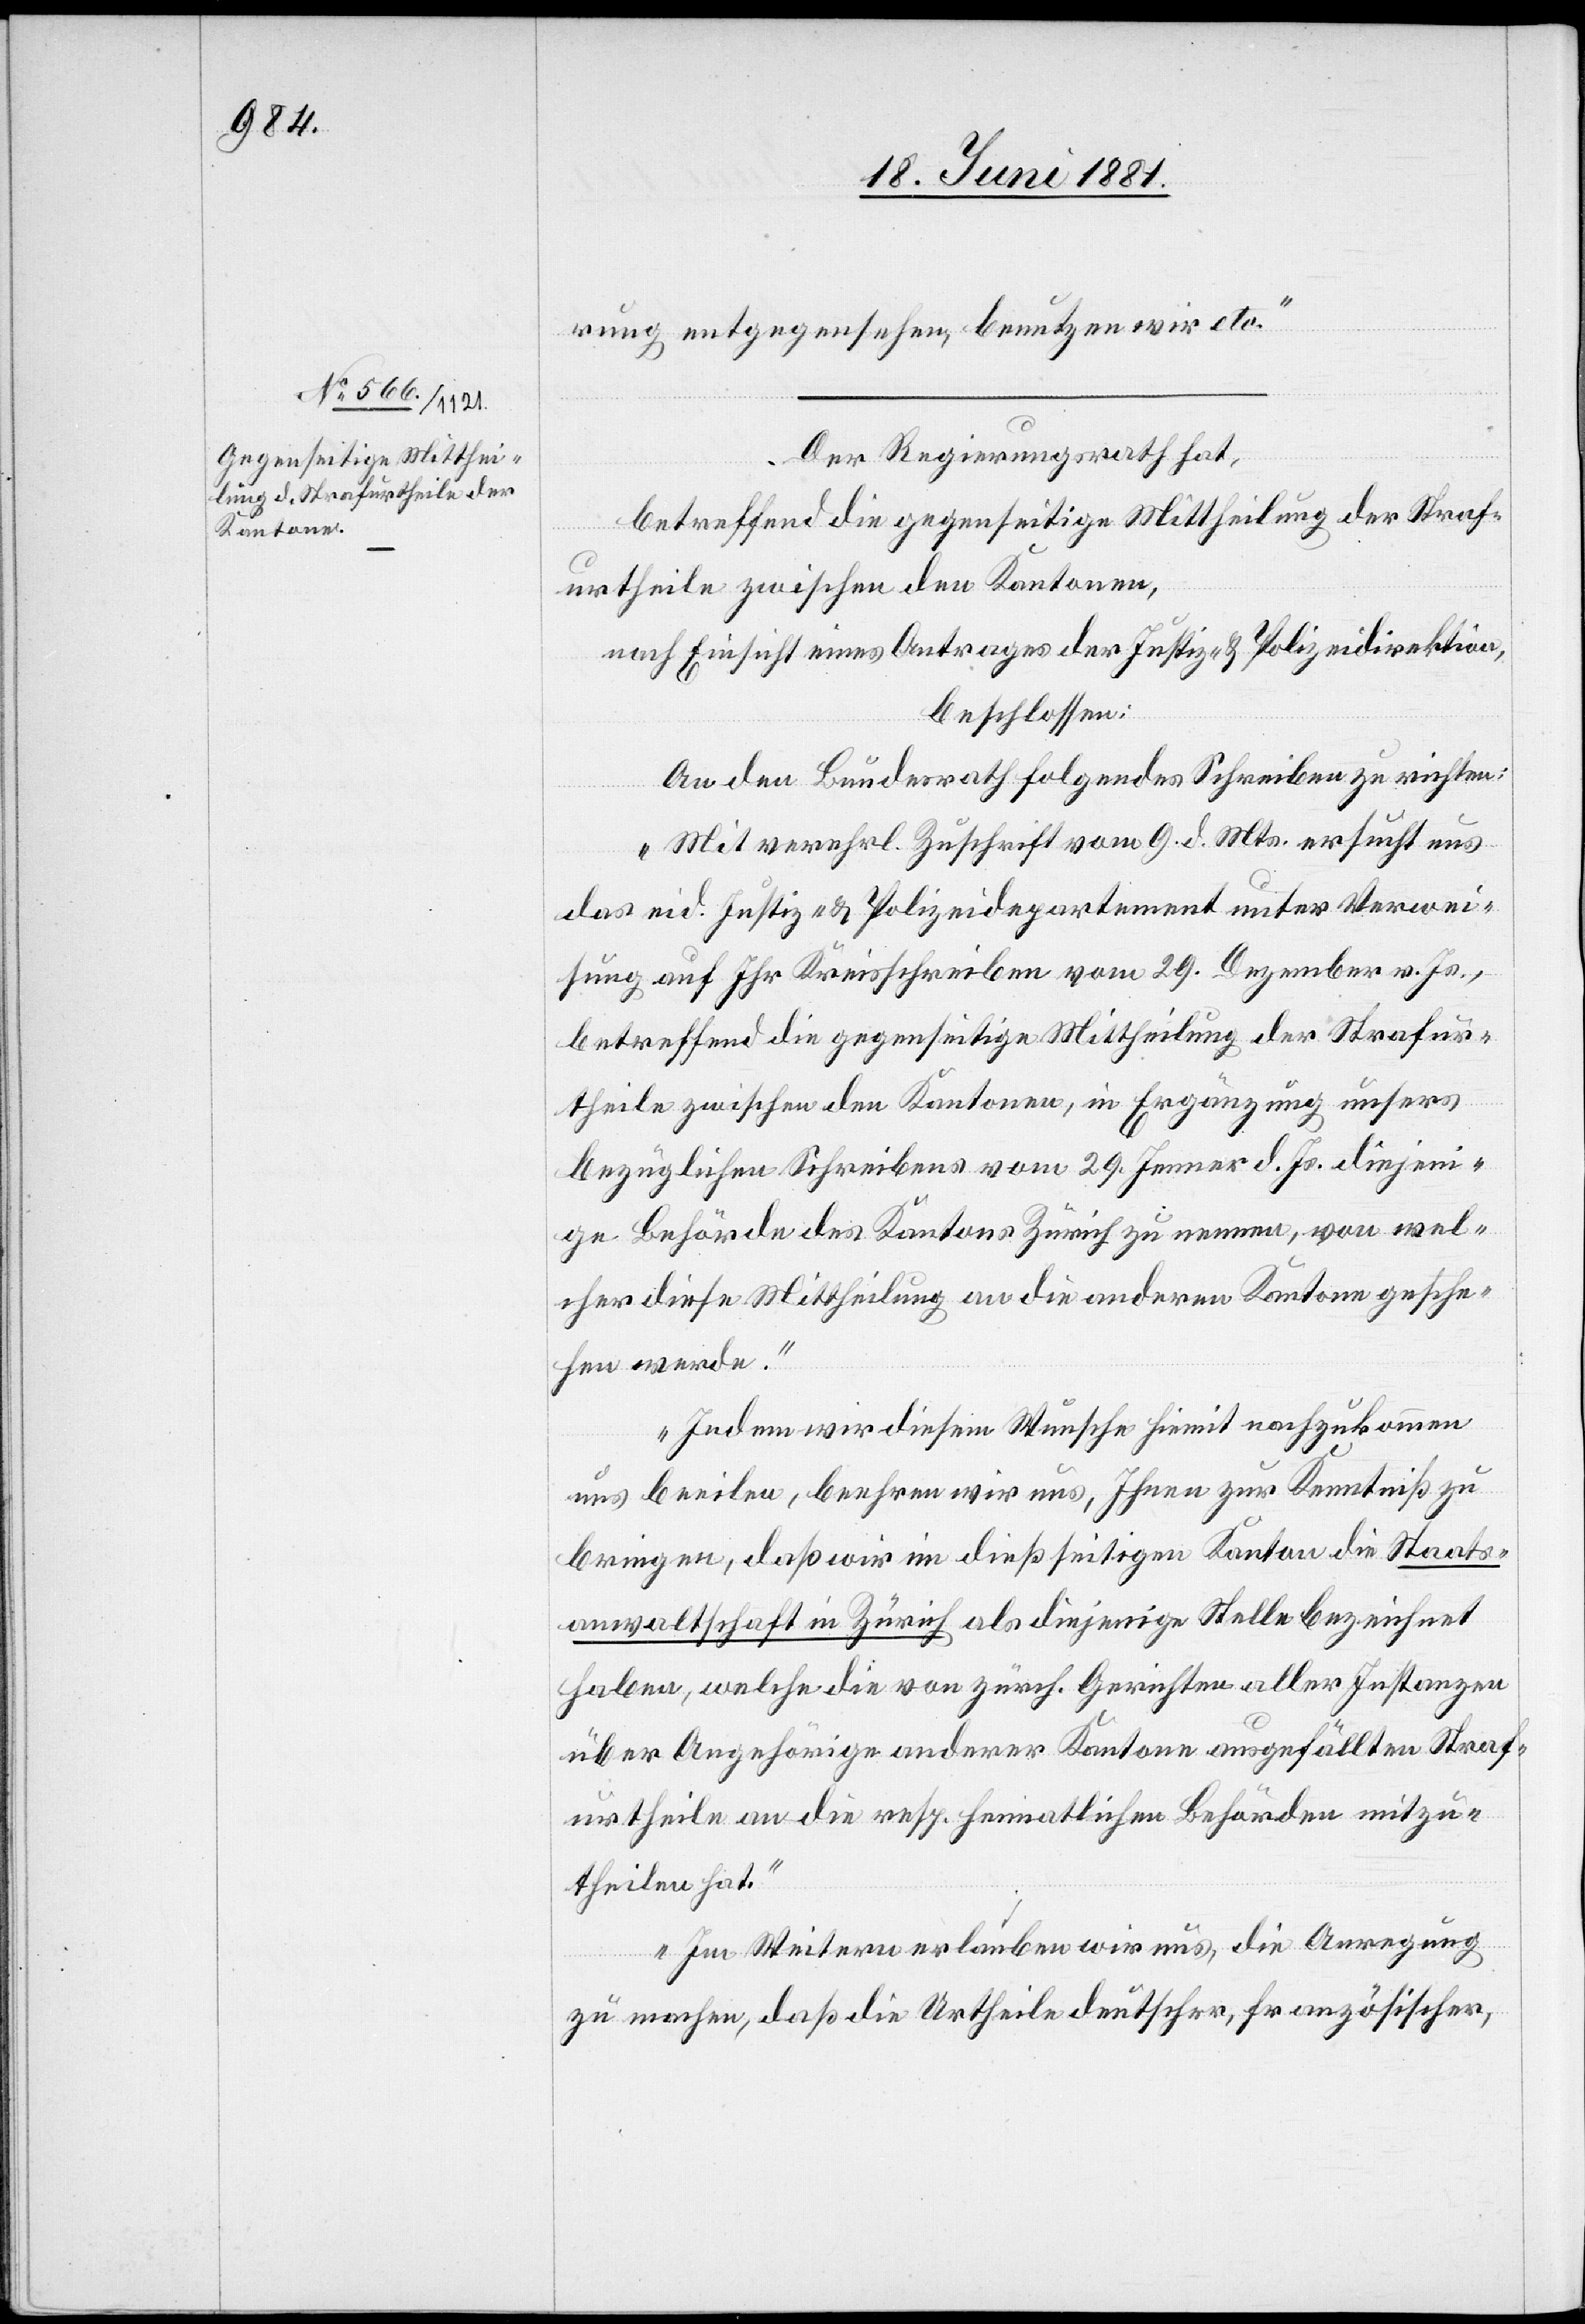
rung entgegensehen, benutzen wir etc.“
Der Regierungsrath hat,
betreffend die gegenseitige Mittheilung der Straf¬
urtheile zwischen den Kantonen,
nach Einsicht eines Antrages der Justiz- & Polizeidirektion,
beschlossen:
An den Bundesrath folgendes Schreiben zu richten:
„Mit verehrl. Zuschrift vom 9. d. Mts. ersucht uns
das eid. Justiz- & Polizeidepartement unter Verwei¬
sung auf Ihr Kreisschreiben vom 29. Dezember v. Js.,
betreffend die gegenseitige Mittheilung der Strafur¬
theile zwischen den Kantonen, in Erwägung unsers
bezüglichen Schreibens vom 29. Jenner d. Js. diejeni¬
ge Behörde des Kantons Zürich zu nennen, von wel¬
cher diese Mittheilung an die anderen Kantone gesche¬
hen werde.
Indem wir diesem Wunsche hiemit nachzukommen
uns beeilen, beehren wir uns, Ihnen zur Kenntniß zu
bringen, daß wir im dießseitigen Kanton die Staats¬
anwaltschaft in Zürich als diejenige Stelle bezeichnet
haben, welche die von zürch. Gerichten aller Instanzen
über Angehörige anderer Kantone ausgefällten Straf¬
urtheile an die resp. heimatlichen Behörden mitzu¬
theilen hat.
Im Weitern erlauben wir uns, die Anregung
zu machen, daß die Urtheile deutscher, französischer,